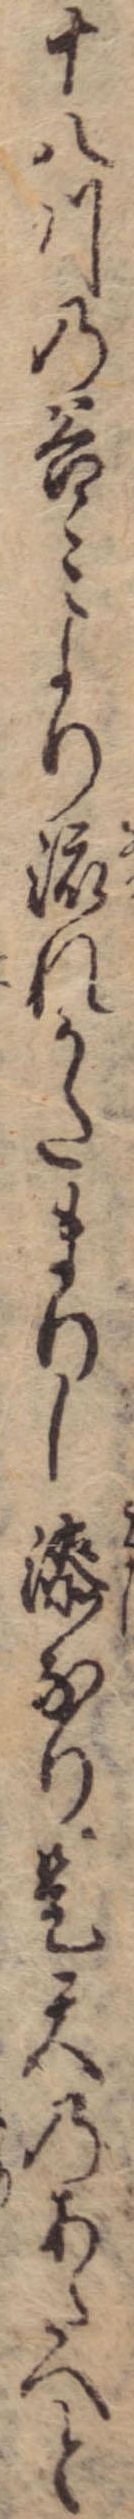
十八川の谷々より流れかたまりし漆なり是天のあたへと